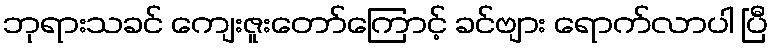
ဘုရားသခင် ကျေးဇူးတော်ကြောင့် ခင်ဗျား ရောက်လာပါ ပြီ